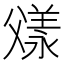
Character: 𬋼